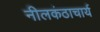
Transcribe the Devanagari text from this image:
नीलकंठाचार्य